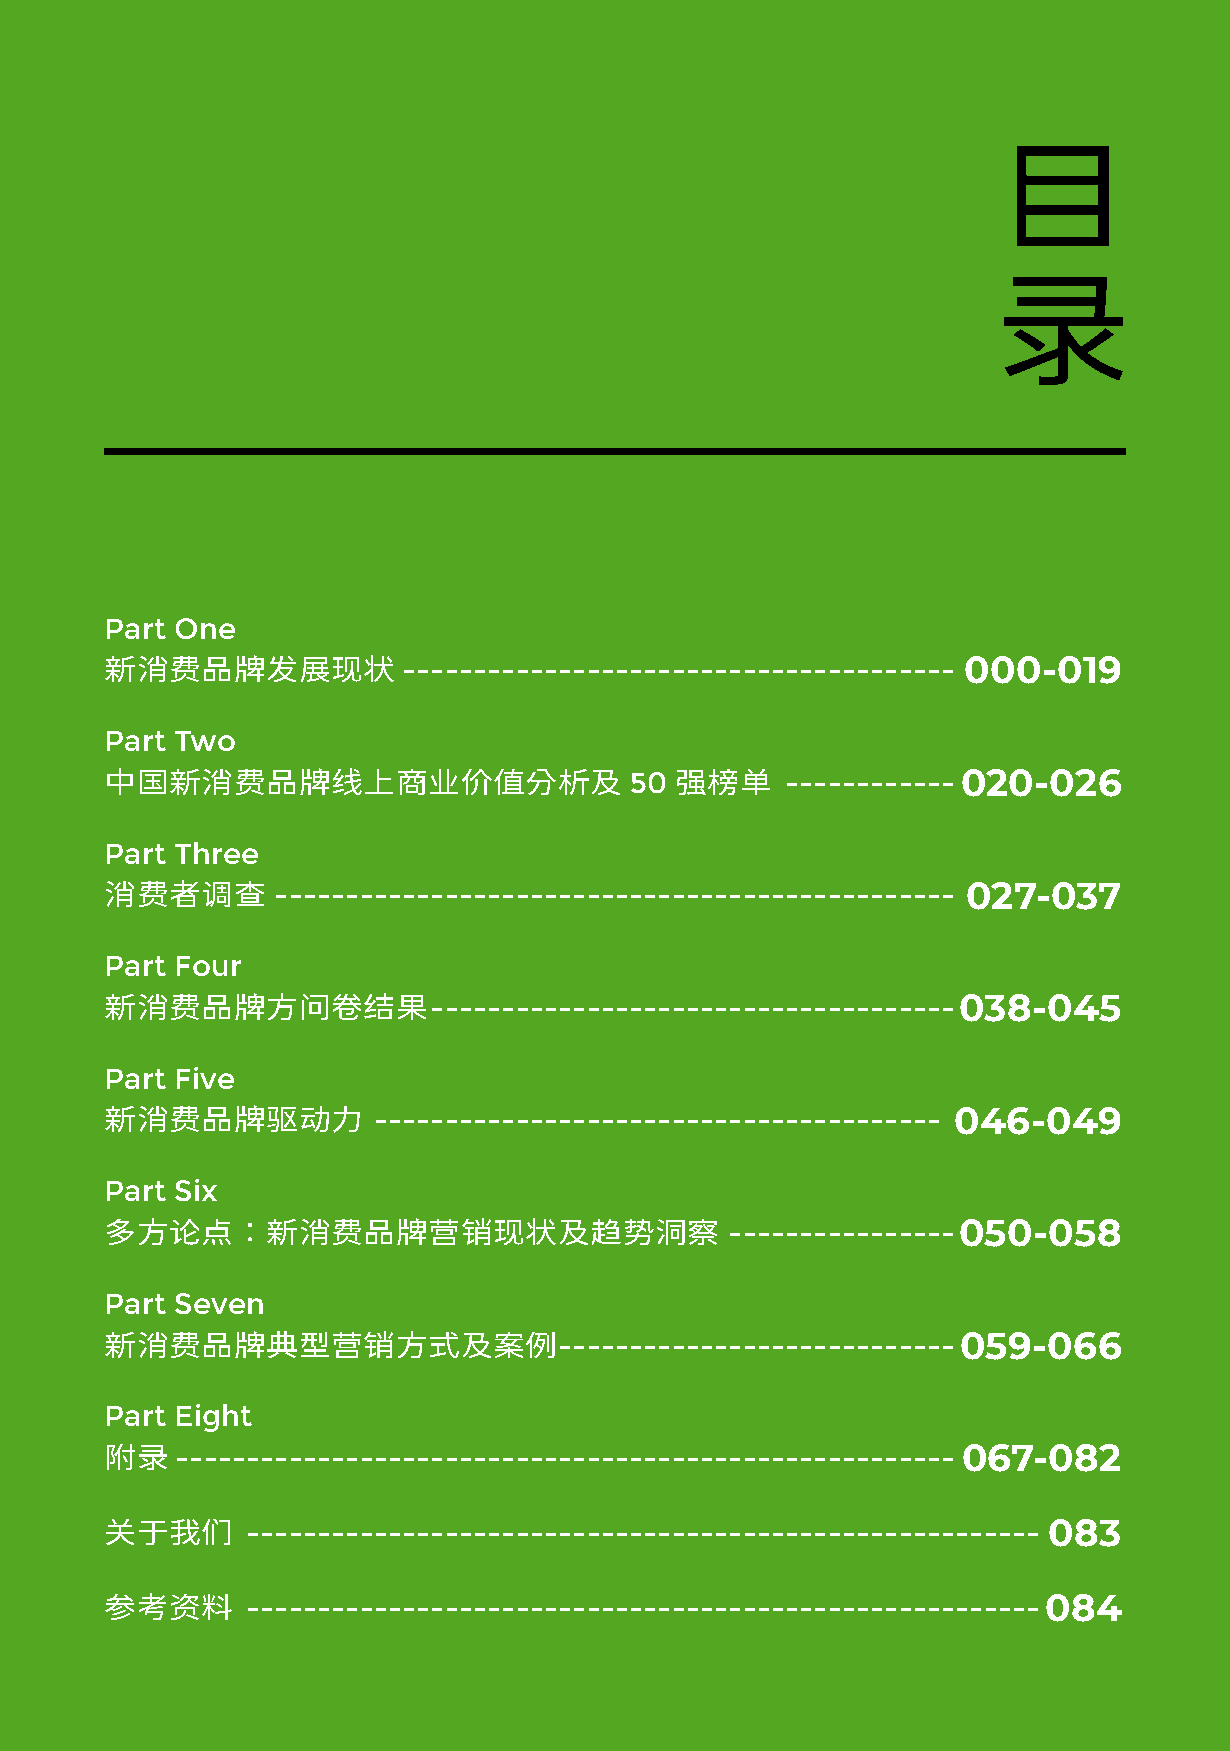
目
 录
 Part One
 --------------------------------------- 000-019
 新消费品牌发展现状
 Part Two
 50        ------------020-026
 中国新消费品牌线上商业价值分析及                      强榜单
 Part Three
 ------------------------------------------------ 027-037
 消费者调查
 Part Four
 -------------------------------------038-045
 新消费品牌方问卷结果
 Part Five
 ---------------------------------------- 046-049
 新消费品牌驱动力
 Part Six
 ----------------050-058
 多方论点：新消费品牌营销现状及趋势洞察
 Part Seven
 ----------------------------059-066
 新消费品牌典型营销方式及案例
 Part Eight
 ------------------------------------------------------- 067-082
 附录
 -------------------------------------------------------- 083
 关于我们
 --------------------------------------------------------084
 参考资料